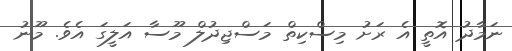
ނަމާދު އޮތީ އެ ރަށު މިސްކިތް މަސްޖިދުލް މޫސާ އަލީގަ އެވެ. މޫނު